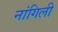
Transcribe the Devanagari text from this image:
नांगिली